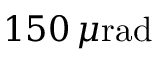
1 5 0 \, \mu \mathrm { r a d }